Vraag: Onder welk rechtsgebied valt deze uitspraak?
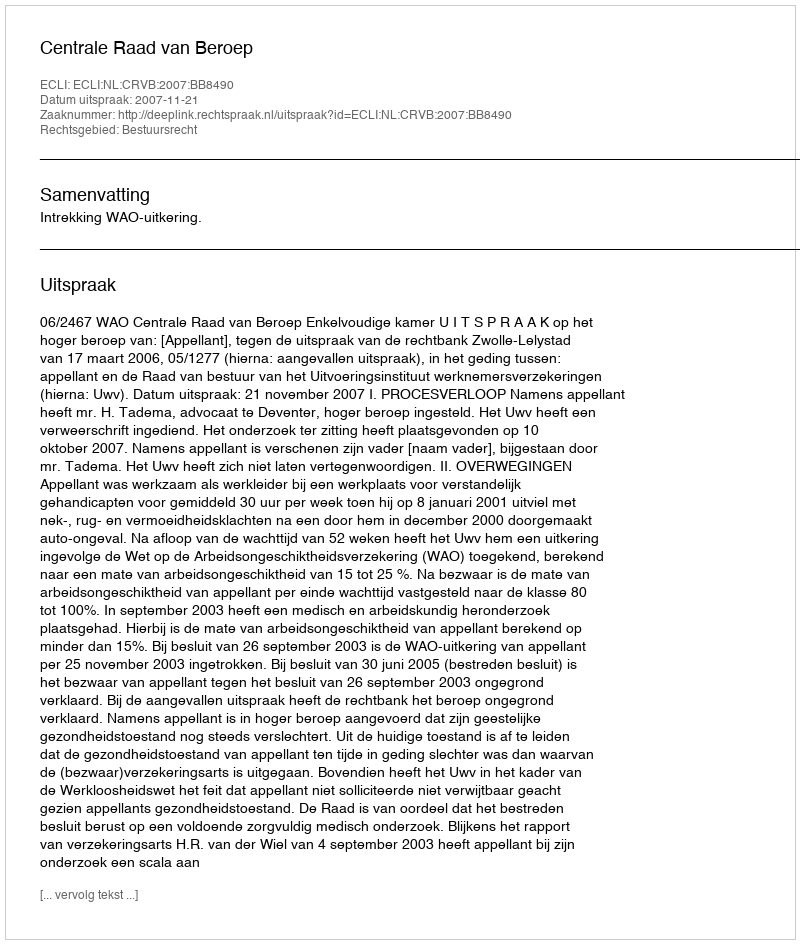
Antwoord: Bestuursrecht